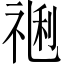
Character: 𥚥